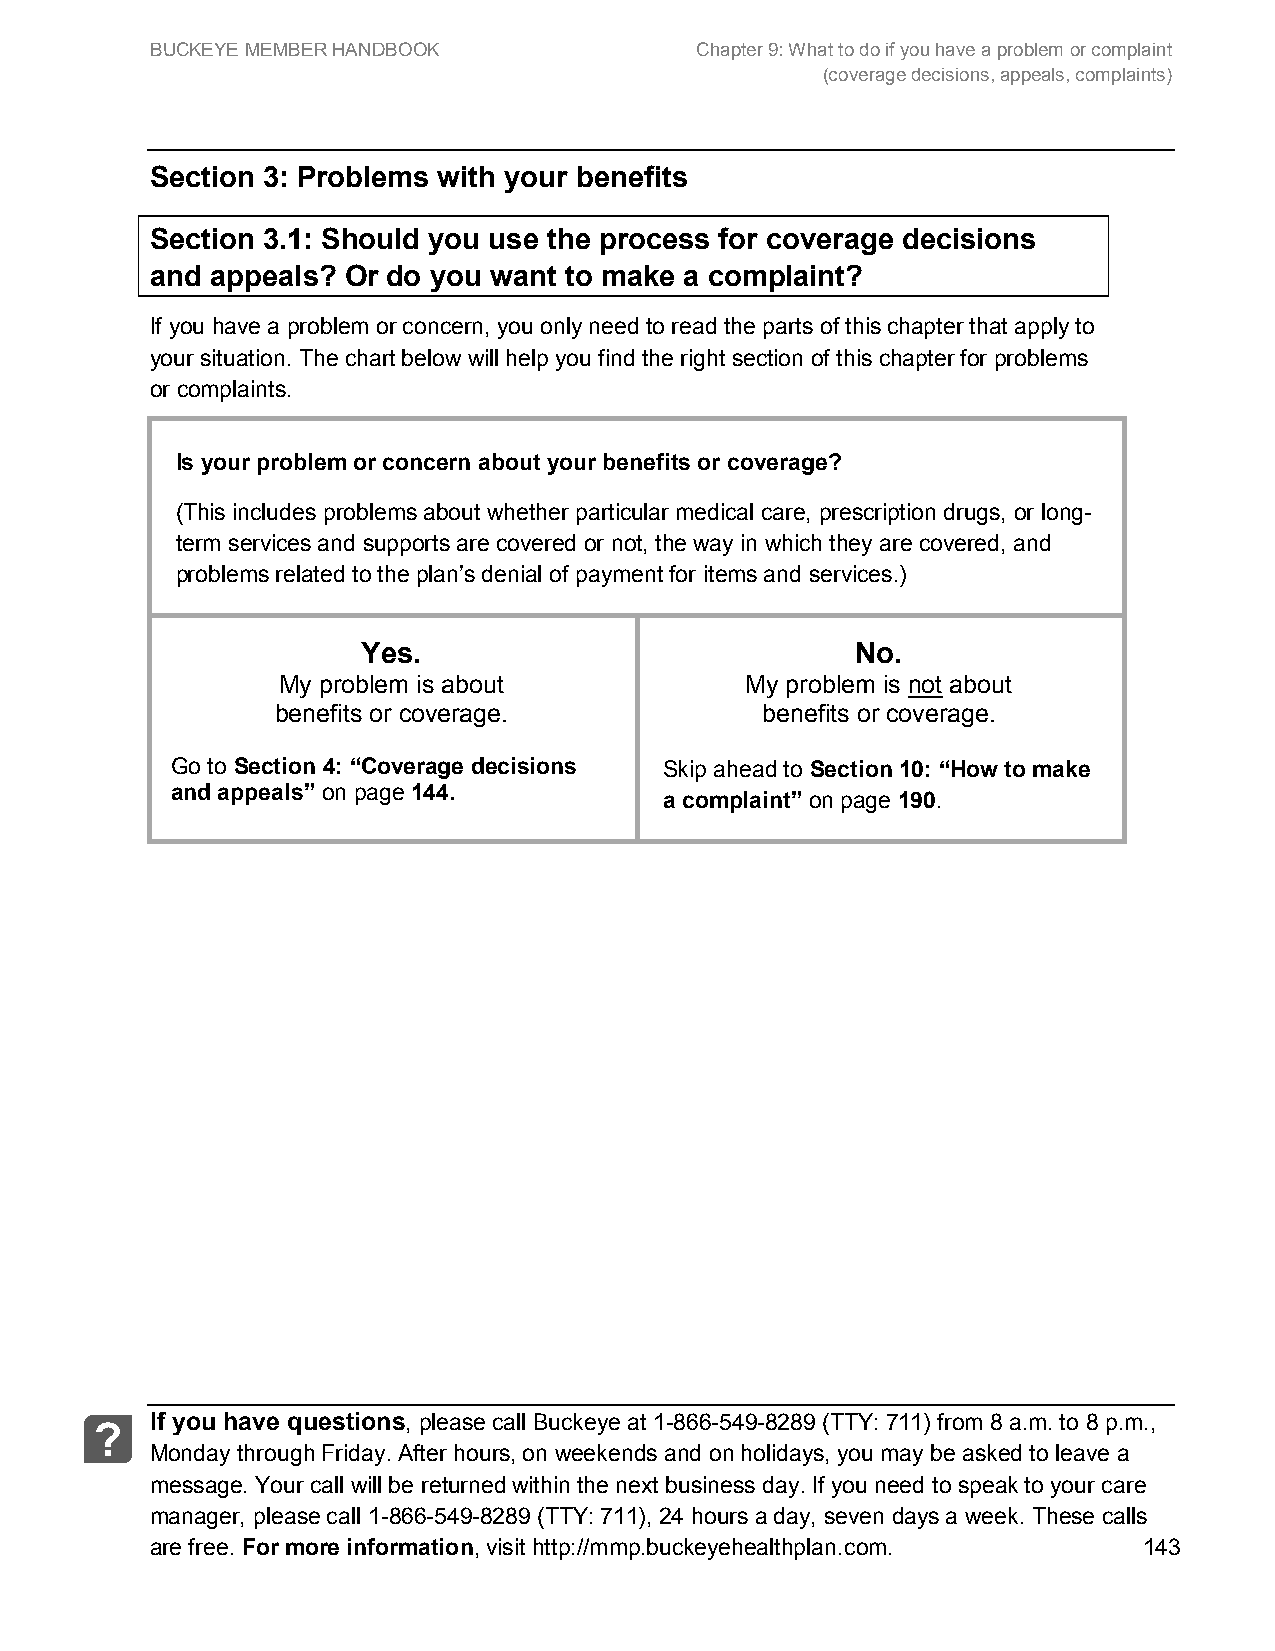
BUCKEYE MEMBER HANDBOOK             Chapter 9: What to do if you have a problem or complaint
 (coverage decisions, appeals, complaints)
 Section 3: Problems with your benefits
 Section 3.1: Should you use the process for coverage decisions
 and appeals? Or do you want to make a complaint?
 If you have a problem or concern, you only need to read the parts of this chapter that apply to
 your situation. The chart below will help you find the right section of this chapter for problems
 or complaints.
 Is your problem or concern about your benefits or coverage?
 (This includes problems about whether particular medical care, prescription drugs, or long-
 term services and supports are covered or not, the way in which they are covered, and
 problems related to the plan’s denial of payment for items and services.)
 Yes.                             No.
 My problem is about            My problem is not about
 benefits or coverage.           benefits or coverage.
 Go to Section 4: “Coverage decisions Skip ahead to Section 10: “How to make
 and appeals” on page 144.
 a complaint” on page 190.
 If you have questions, please call Buckeye at 1-866-549-8289 (TTY: 711) from 8 a.m. to 8 p.m.,
 ?
 Monday through Friday. After hours, on weekends and on holidays, you may be asked to leave a
 message. Your call will be returned within the next business day. If you need to speak to your care
 manager, please call 1-866-549-8289 (TTY: 711), 24 hours a day, seven days a week. These calls
 are free. For more information, visit http://mmp.buckeyehealthplan.com. 143